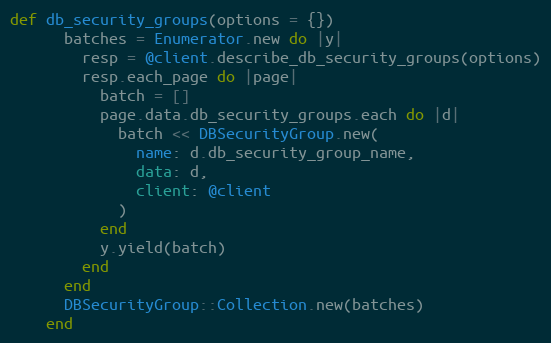
Language: Ruby
def db_security_groups(options = {})
      batches = Enumerator.new do |y|
        resp = @client.describe_db_security_groups(options)
        resp.each_page do |page|
          batch = []
          page.data.db_security_groups.each do |d|
            batch << DBSecurityGroup.new(
              name: d.db_security_group_name,
              data: d,
              client: @client
            )
          end
          y.yield(batch)
        end
      end
      DBSecurityGroup::Collection.new(batches)
    end